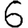
Digit: 6